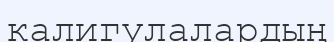
калигулалардың